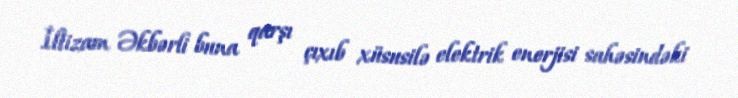
İltizam Əkbərli buna qarşı çıxıb xüsusilə elektrik enerjisi sahəsindəki